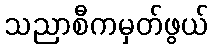
သညာစီကမှတ်ဖွယ်